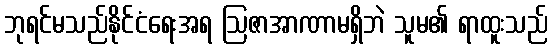
ဘုရင်မသည်နိုင်ငံရေးအရ ဩဇာအာဏာမရှိဘဲ သူမ၏ ရာထူးသည်